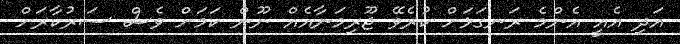
އަދި އެއީ އެންމެ ރަނގަޅަށް ކުރެވޭ ޖޫރިމަނާއެއް ނޫން ކަމަށް ވެސް ސަރުކާރަށް